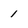
Character: 1